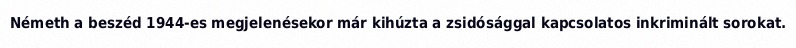
Németh a beszéd 1944-es megjelenésekor már kihúzta a zsidósággal kapcsolatos inkriminált sorokat.